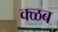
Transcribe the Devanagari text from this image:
क्ळब